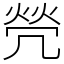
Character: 焭